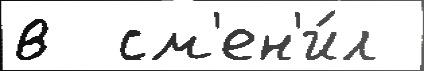
в  см'ен'и́л